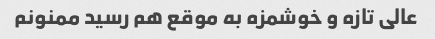
عالى تازه و خوشمزه به موقع هم رسید ممنونم